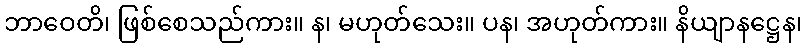
ဘာဝေတိ၊ ဖြစ်စေသည်ကား။ န၊ မဟုတ်သေး။ ပန၊ အဟုတ်ကား။ နိယျာနဋ္ဌေန၊